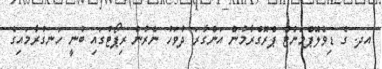
އދ. ގެ ޑިވެލޮޕްމަންޓް ޕްރޮގްރާމުން އަންގާރަ ދުވަހު ނެރުނު ރިޕޯޓުގައި ބުނީ ހަނގުރާމައިގެ